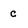
Character: c